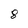
Character: 8